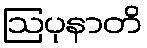
ဩပုနာတိ